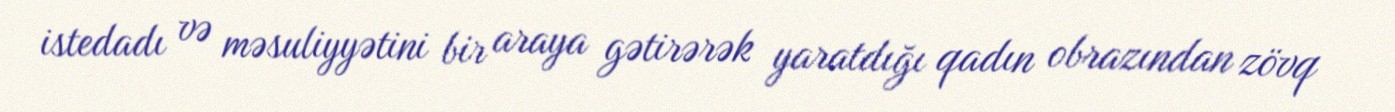
istedadı və məsuliyyətini bir araya gətirərək yaratdığı qadın obrazından zövq